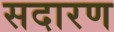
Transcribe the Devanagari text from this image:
सदारण